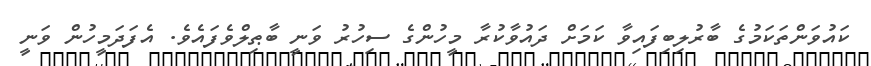
ކައުވަންތަކަމުގެ ބާރުލިބިފައިވާ ކަމަށް ދައުވާކުރާ މީހުންގެ ސިހުރު ވަނީ ބާޠިލްވެފައެވެ. އެފަދަމީހުން ވަނީ